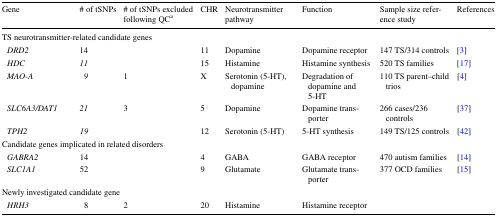
| Gene | # of tSNPs | # of tSNPs excluded following QCa | CHR | Neurotransmitter pathway | Function | Sample size reference study | References |
 | --- | --- | --- | --- | --- | --- | --- | --- |
 | <COLSPAN=8> TS neurotransmitter-related candidate genes |
 | DRD2 | 14 |  | 11 | Dopamine | Dopamine receptor | 147 TS/314 controls | [3] |
 | HDC | 11 |  | 15 | Histamine | Histamine synthesis | 520 TS families | [17] |
 | MAO-A | 9 | 1 | X | Serotonin (5-HT), dopamine | Degradation of dopamine and 5-HT | 110 TS parent–child trios | [4] |
 | SLC6A3/DAT1 | 21 | 3 | 5 | Dopamine | Dopamine transporter | 266 cases/236 controls | [37] |
 | TPH2 | 19 |  | 12 | Serotonin (5-HT) | 5-HT synthesis | 149 TS/125 controls | [42] |
 | <COLSPAN=8> Candidate genes implicated in related disorders |
 | GABRA2 | 14 |  | 4 | GABA | GABA receptor | 470 autism families | [14] |
 | SLC1A1 | 52 |  | 9 | Glutamate | Glutamate transporter | 377 OCD families | [15] |
 | <COLSPAN=8> Newly investigated candidate gene |
 | HRH3 | 8 | 2 | 20 | Histamine | Histamine receptor |  |  |